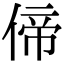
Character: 偙